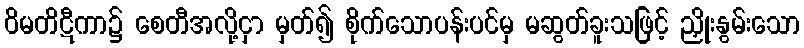
ဝိမတိဋီကာ၌ စေတီအလို့ငှာ မှတ်၍ စိုက်သောပန်းပင်မှ မဆွတ်ခူးသဖြင့် ညှိုးနွမ်းသော